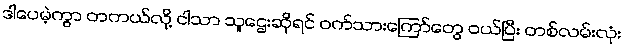
ဒါပေမဲ့ကွာ တကယ်လို့ ငါသာ သူဌေးဆိုရင် ဝက်သားကြော်တွေ ဝယ်ပြီး တစ်လမ်းလုံး